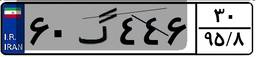
۶۰گ۴۴۶۳۰